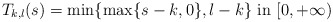
\begin{align*}T_{k,l}(s)= \min \{ \max\{s-k, 0\},l-k \} \hbox{ in }[0,+\infty)\end{align*}